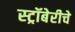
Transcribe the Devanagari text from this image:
स्ट्रॉबेरीचे